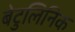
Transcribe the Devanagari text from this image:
बेटुलिनिक